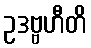
ဥဒဗ္ဗဟီတိ